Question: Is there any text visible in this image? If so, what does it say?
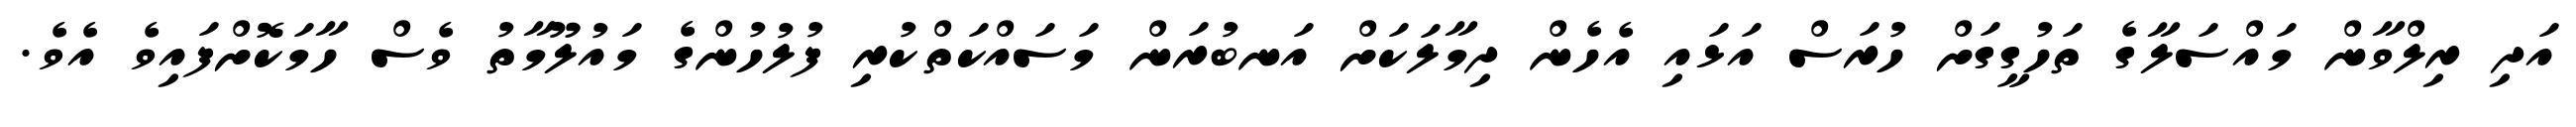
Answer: އަދި ރިލްވާން މައްސަލާގެ ތަހުގީގަށް ހުރަސް އަޅައި އެހެން ދިމާލަކަށް އަނބުރަން މަސައްކަތްކުރި ފުލުހުންގެ މައުލޫމާތު ވެސް ހާމަކޮށްފައިވެ އެވެ.